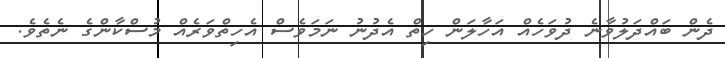
ދެން ބައްދަލުވާނެ ދުވަހެއް އަހާލަން ހިތް އެދުނު ނަމަވެސް އެހިތްވަރެއް މުސްކާންގެ ނެތެވެ.